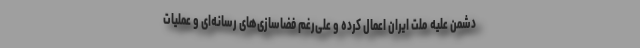
دشمن علیه ملت ایران اعمال کرده و علی‌رغم فضاسازی‌های رسانه‌ای و عملیات